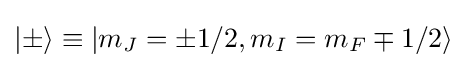
|\pm \rangle \equiv |m_{J}=\pm 1/2,m_{I}=m_{F}\mp 1/2\rangle